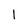
Character: 1